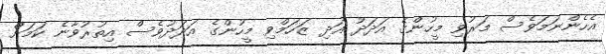
އެހެންނަމަވެސް މަރުވި މީހުންގެ އަދަދު އަދި ޒަހަމްވި މީހުންގެ އަދަދުވެސް އިތުރުވާނެ ކަމަށް